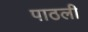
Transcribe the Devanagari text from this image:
पाठली